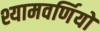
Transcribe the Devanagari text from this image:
श्यामवर्णियों